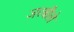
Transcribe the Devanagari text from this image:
जरबीले